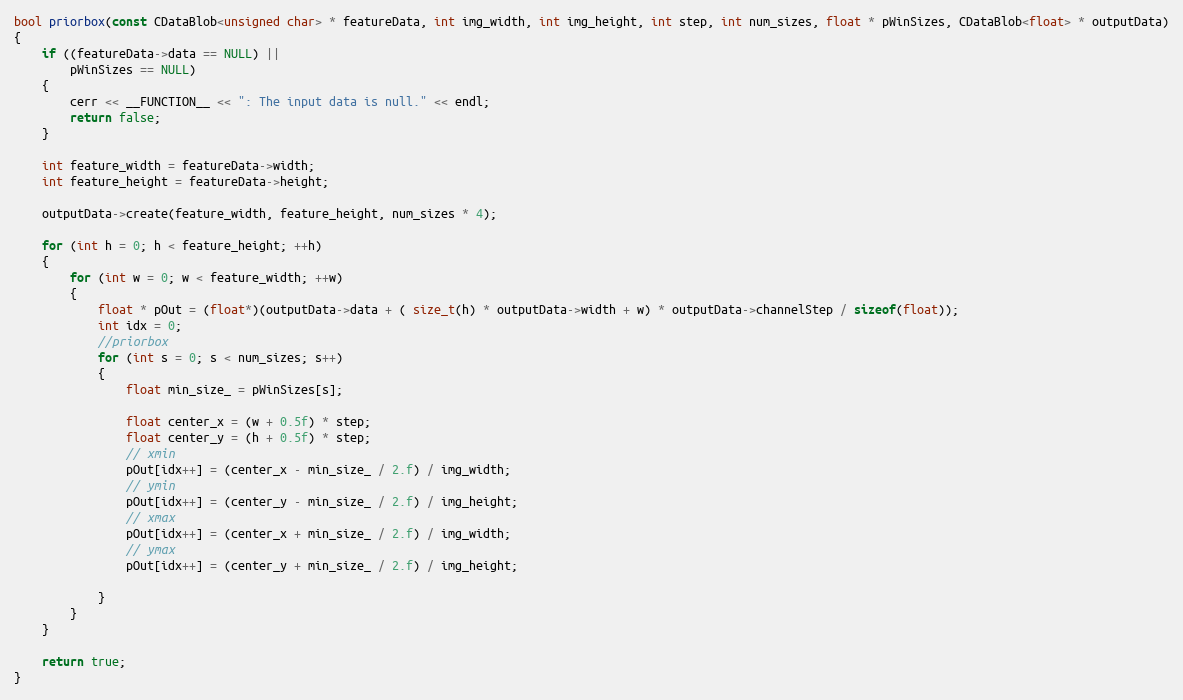
Language: C++
bool priorbox(const CDataBlob<unsigned char> * featureData, int img_width, int img_height, int step, int num_sizes, float * pWinSizes, CDataBlob<float> * outputData)
{
    if ((featureData->data == NULL) ||
        pWinSizes == NULL)
    {
        cerr << __FUNCTION__ << ": The input data is null." << endl;
        return false;
    }

    int feature_width = featureData->width;
    int feature_height = featureData->height;

    outputData->create(feature_width, feature_height, num_sizes * 4);

	for (int h = 0; h < feature_height; ++h)
	{
		for (int w = 0; w < feature_width; ++w)
		{
            float * pOut = (float*)(outputData->data + ( size_t(h) * outputData->width + w) * outputData->channelStep / sizeof(float));
            int idx = 0;
            //priorbox
			for (int s = 0; s < num_sizes; s++)
			{
				float min_size_ = pWinSizes[s];

                float center_x = (w + 0.5f) * step;
                float center_y = (h + 0.5f) * step;
                // xmin
                pOut[idx++] = (center_x - min_size_ / 2.f) / img_width;
                // ymin
                pOut[idx++] = (center_y - min_size_ / 2.f) / img_height;
                // xmax
                pOut[idx++] = (center_x + min_size_ / 2.f) / img_width;
                // ymax
                pOut[idx++] = (center_y + min_size_ / 2.f) / img_height;

			}
		}
	}

    return true;
}